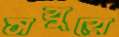
সবুরে